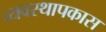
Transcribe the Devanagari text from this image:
व्यवस्थापकास